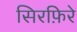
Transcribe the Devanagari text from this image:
सिरफ़िरे